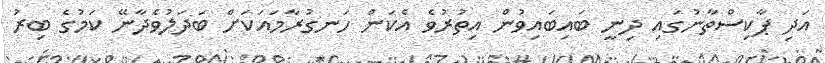
އަދި ޕާކިސްތާނުގައި ދިނީ ބައިބައިވުން އިތުރުވެ އެކަން ހަނގުރާމައަކަށް ބަދަލުވެދާނޭ ކަމުގެ ބިރު